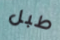
طبل